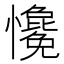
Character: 𢥋